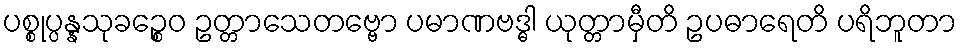
ပစ္စုပ္ပန္နသုခဉ္စေဝ ဥတ္တာသေတဗ္ဗော ပမာဏဗဒ္ဓါ ယုတ္တာမှီတိ ဥပဓာရေတိ ပရိဘူတာ